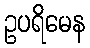
ဥပရိမေန